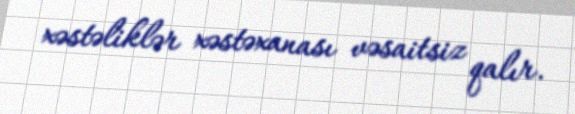
xəstəliklər xəstəxanası vəsaitsiz qalır.